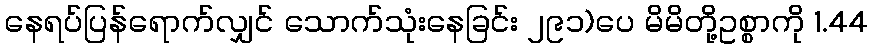
နေရပ်ပြန်ရောက်လျှင် သောက်သုံးနေခြင်း ၂၉၁)ပေ မိမိတို့ဥစ္စာကို 1.44